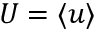
U = \langle u \rangle